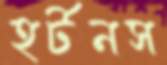
হর্টনস